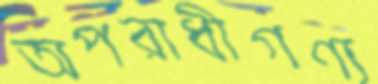
অপরাধীগণ্য